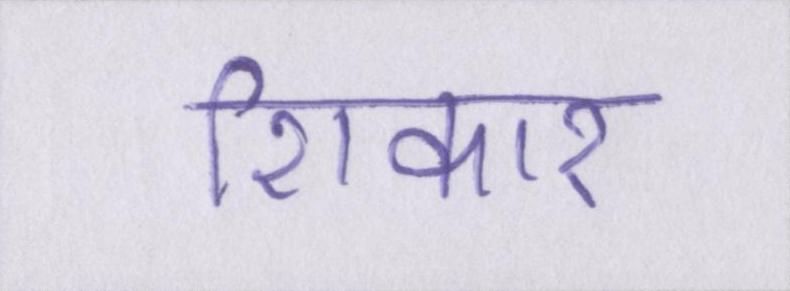
शिकार